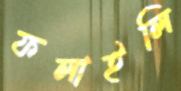
ফলাইলি